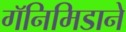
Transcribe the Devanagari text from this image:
गॅनिमिडाने